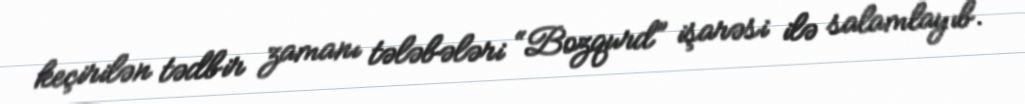
keçirilən tədbir zamanı tələbələri “Bozqurd” işarəsi ilə salamlayıb.